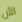
الآن